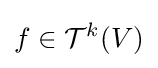
f\in {\mathcal {T}}^{k}(V)